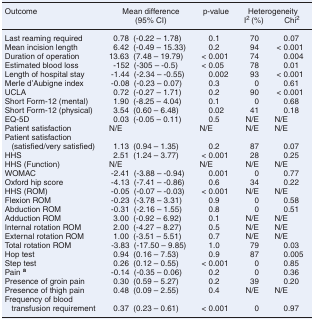
<table><thead><tr><td rowspan="2"><b>Outcome</b></td><td><b>Mean difference</b></td><td><b>p-value</b></td><td colspan="2"><b>Heterogeneity</b></td></tr><tr><td><b>(95% CI)</b></td><td></td><td><b>I<sup>2</sup> (%)</b></td><td><b>Chi<sup>2</sup></b></td></tr></thead><tbody><tr><td>Last reaming required</td><td>0.78 (-0.22 – 1.78)</td><td>0.1</td><td>70</td><td>0.07</td></tr><tr><td>Mean incision length</td><td>6.42 (-0.49 – 15.33)</td><td>0.2</td><td>94</td><td>&lt; 0.001</td></tr><tr><td>Duration of operation</td><td>13.63 (7.48 – 19.79)</td><td>&lt; 0.001</td><td>74</td><td>0.004</td></tr><tr><td>Estimated blood loss</td><td>-152 (-305 – -0.5)</td><td>&lt; 0.05</td><td>78</td><td>0.01</td></tr><tr><td>Length of hospital stay</td><td>-1.44 (-2.34 – -0.55)</td><td>0.002</td><td>93</td><td>&lt; 0.001</td></tr><tr><td>Merle d&#x27;Aubigne index</td><td>-0.08 (-0.23 – 0.07)</td><td>0.3</td><td>0</td><td>0.61</td></tr><tr><td>UCLA</td><td>0.72 (-0.27 – 1.71)</td><td>0.2</td><td>90</td><td>&lt; 0.001</td></tr><tr><td>Short Form-12 (mental)</td><td>1.90 (-8.25 – 4.04)</td><td>0.1</td><td>0</td><td>0.68</td></tr><tr><td>Short Form-12 (physical)</td><td>3.54 (0.60 – 6.48)</td><td>0.02</td><td>41</td><td>0.18</td></tr><tr><td>EQ-5D</td><td>0.03 (-0.05 – 0.11)</td><td>0.5</td><td>N/E</td><td>N/E</td></tr><tr><td>Patient satisfaction</td><td>N/E</td><td>N/E</td><td>N/E</td><td>N/E</td></tr><tr><td>Patient satisfaction (satisfied/very satisfied)</td><td>1.13 (0.94 – 1.35)</td><td>0.2</td><td>87</td><td>0.07</td></tr><tr><td>HHS</td><td>2.51 (1.24 – 3.77)</td><td>&lt; 0.001</td><td>28</td><td>0.25</td></tr><tr><td>HHS (Function)</td><td>N/E</td><td>N/E</td><td>N/E</td><td>N/E</td></tr><tr><td>WOMAC</td><td>-2.41 (-3.88 – -0.94)</td><td>0.001</td><td>0</td><td>0.77</td></tr><tr><td>Oxford hip score</td><td>-4.13 (-7.41 – -0.86)</td><td>0.6</td><td>34</td><td>0.22</td></tr><tr><td>HHS (ROM)</td><td>-0.05 (-0.07 – -0.03)</td><td>&lt; 0.001</td><td>N/E</td><td>N/E</td></tr><tr><td>Flexion ROM</td><td>-0.23 (-3.78 – 3.31)</td><td>0.9</td><td>0</td><td>0.58</td></tr><tr><td>Abduction ROM</td><td>-0.31 (-2.16 – 1.55)</td><td>0.8</td><td>0</td><td>0.51</td></tr><tr><td>Adduction ROM</td><td>3.00 (-0.92 – 6.92)</td><td>0.1</td><td>N/E</td><td>N/E</td></tr><tr><td>Internal rotation ROM</td><td>2.00 (-4.27 – 8.27)</td><td>0.5</td><td>N/E</td><td>N/E</td></tr><tr><td>External rotation ROM</td><td>1.00 (-3.51 – 5.51)</td><td>0.7</td><td>N/E</td><td>N/E</td></tr><tr><td>Total rotation ROM</td><td>-3.83 (-17.50 – 9.85)</td><td>1.0</td><td>79</td><td>0.03</td></tr><tr><td>Hop test</td><td>0.94 (0.16 – 7.53)</td><td>0.9</td><td>87</td><td>0.005</td></tr><tr><td>Step test</td><td>0.26 (0.12 – 0.55)</td><td>&lt; 0.001</td><td>0</td><td>0.85</td></tr><tr><td>Pain <b><sup>a</sup></b></td><td>-0.14 (-0.35 – 0.06)</td><td>0.2</td><td>0</td><td>0.36</td></tr><tr><td>Presence of groin pain</td><td>0.30 (0.59 – 5.27)</td><td>0.2</td><td>39</td><td>0.20</td></tr><tr><td>Presence of thigh pain</td><td>0.48 (0.09 – 2.55)</td><td>0.4</td><td>N/E</td><td>N/E</td></tr><tr><td>Frequency of blood transfusion requirement</td><td>0.37 (0.23 – 0.61)</td><td>&lt; 0.001</td><td>0</td><td>0.97</td></tr></tbody></table>